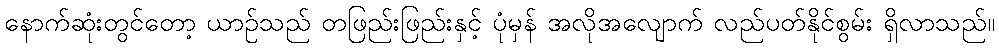
နောက်ဆုံးတွင်တော့ ယာဉ်သည် တဖြည်းဖြည်းနှင့် ပုံမှန် အလိုအလျောက် လည်ပတ်နိုင်စွမ်း ရှိလာသည်။